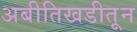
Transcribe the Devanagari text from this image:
अबीतिखडीतून